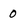
Character: 0